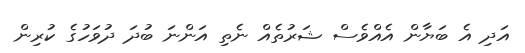
އަދި އެ ބަޔާން އެއްވެސް ޝަރުތެއް ނެތި އަންނަ ބުދަ ދުވަހުގެ ކުރިން